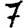
Digit: 7